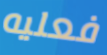
فعليه